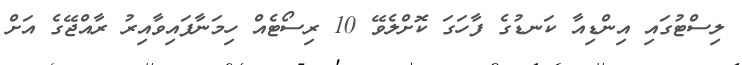
ލިސްޓުގައި އިންޑިއާ ކަނޑުގެ ފާހަގަ ކޮށްލެވޭ 10 ރިސޯޓެއް ހިމަނާފައިވާއިރު ރާއްޖޭގެ އަށް